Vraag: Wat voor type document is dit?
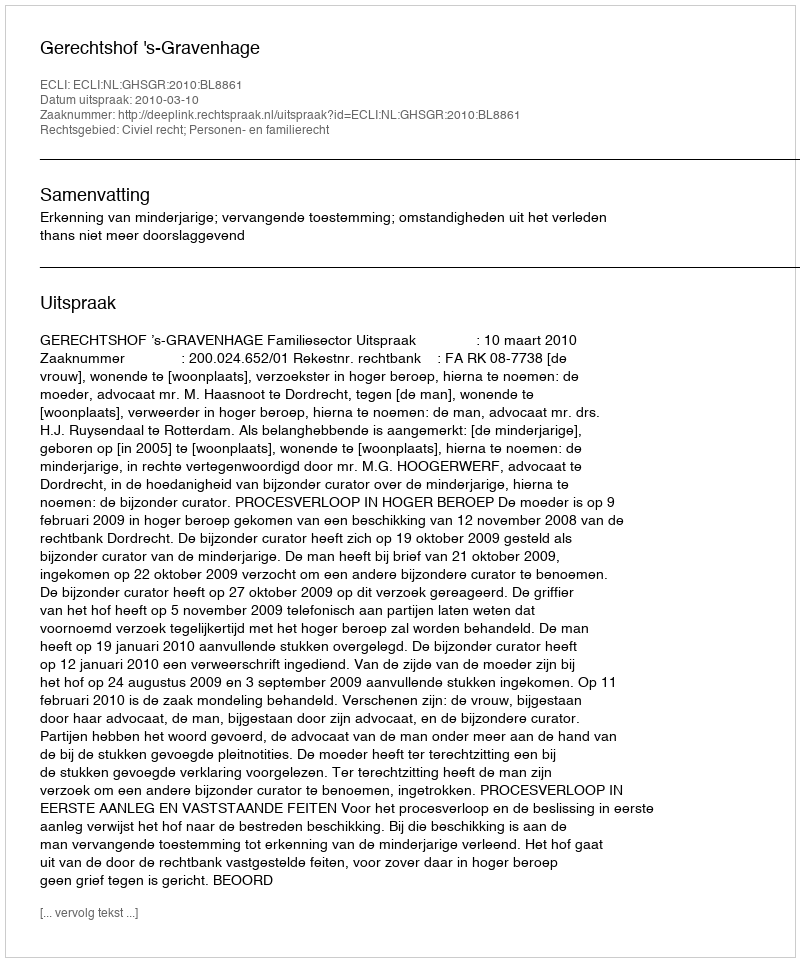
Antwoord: Uitspraak